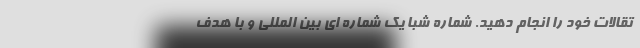
تقالات خود را انجام دهید. شماره شبا یک شماره ای بین المللی و با هدف